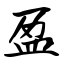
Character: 盈